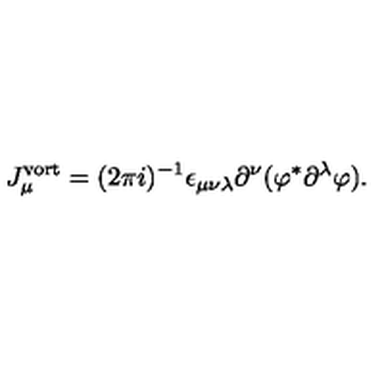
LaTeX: J _ { \mu } ^ { \mathrm { v o r t } } = ( 2 \pi i ) ^ { - 1 } \epsilon _ { \mu \nu \lambda } \partial ^ { \nu } ( \varphi ^ { * } \partial ^ { \lambda } \varphi ) .